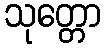
သုတ္တော